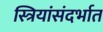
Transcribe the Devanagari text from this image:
स्त्रियांसंदर्भात